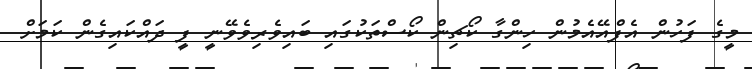
މީގެ ފަހުން އެފްއޭއެމުން ހިންގާ ކޯޗިން ކޯސްތަކުގައި ބައިވެރިވެވޭނީ ފީ ދައްކައިގެން ކަމަށް